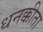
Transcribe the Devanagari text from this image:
धनक्कीता